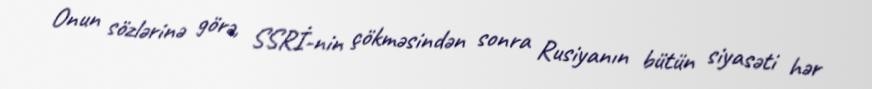
Onun sözlərinə görə, SSRİ-nin çökməsindən sonra Rusiyanın bütün siyasəti hər